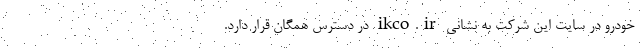
خودرو در سایت این شرکت به نشانی ikco.ir در دسترس همگان قرار دارد.